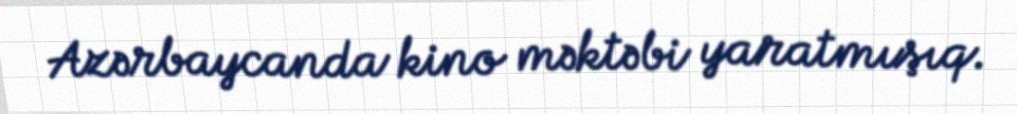
Azərbaycanda kino məktəbi yaratmışıq.